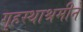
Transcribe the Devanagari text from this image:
गृहस्थाश्रमीने